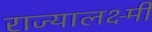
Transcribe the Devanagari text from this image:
राज्यालक्ष्मी